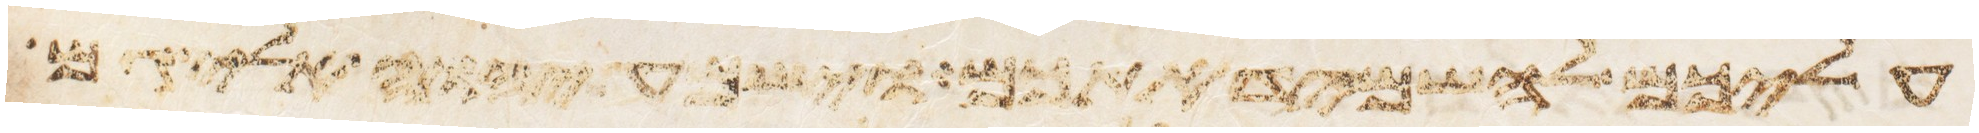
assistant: עליכם להשמיד אתכם וישמע יהוה אלי גם